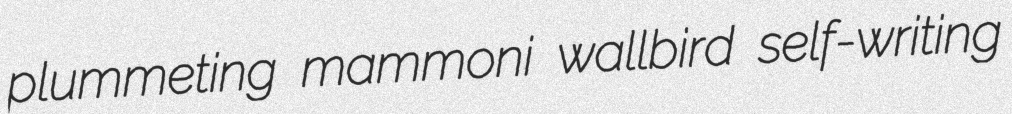
plummeting mammoni wallbird self-writing